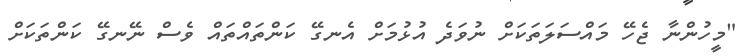
"މީހުންނާ ޖެހޭ މައްސަލަތަކަށް ނުވަދެ އުޅުމަށް އެނގޭ ކަންތައްތައް ވެސް ނޭނގޭ ކަންތަކަށް